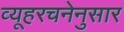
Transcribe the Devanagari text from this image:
व्यूहरचनेनुसार